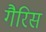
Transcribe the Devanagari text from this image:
गैरिस